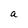
Character: a